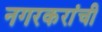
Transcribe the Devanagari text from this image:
नगरकरांची